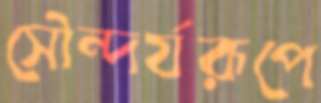
সৌন্দর্যরূপে